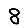
Digit: 8